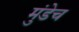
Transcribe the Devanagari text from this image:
मुंडेच